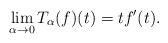
LaTeX: \begin{align*}\lim_{\alpha\rightarrow 0} T_\alpha(f)(t) = t f'(t).\end{align*}